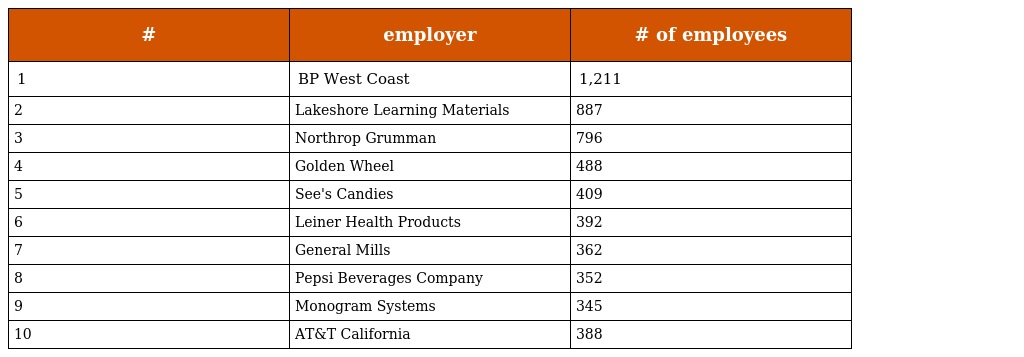
| # | employer | # of employees |
 | --- | --- | --- |
 | 1 | BP West Coast | 1,211 |
 | 2 | Lakeshore Learning Materials | 887 |
 | 3 | Northrop Grumman | 796 |
 | 4 | Golden Wheel | 488 |
 | 5 | See's Candies | 409 |
 | 6 | Leiner Health Products | 392 |
 | 7 | General Mills | 362 |
 | 8 | Pepsi Beverages Company | 352 |
 | 9 | Monogram Systems | 345 |
 | 10 | AT&T California | 388 |